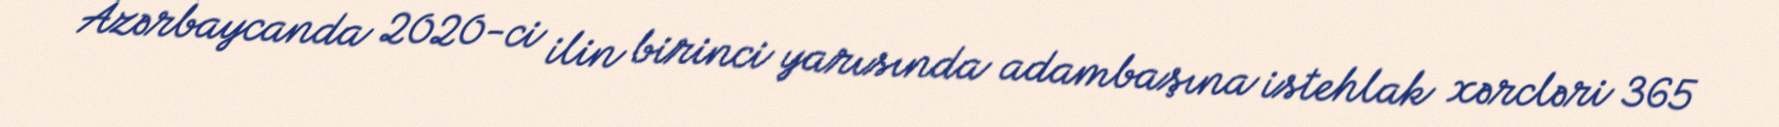
Azərbaycanda 2020-ci ilin birinci yarısında adambaşına istehlak xərcləri 365